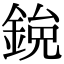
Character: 𫒯